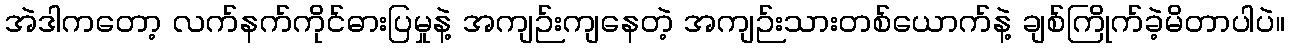
အဲဒါကတော့ လက်နက်ကိုင်ဓားပြမှုနဲ့ အကျဉ်းကျနေတဲ့ အကျဉ်းသားတစ်ယောက်နဲ့ ချစ်ကြိုက်ခဲ့မိတာပါပဲ။